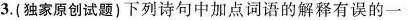
3.{(独家原创试题)下列诗句中加点词语的解释有误的一